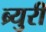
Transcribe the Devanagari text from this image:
ब्र्युरी